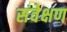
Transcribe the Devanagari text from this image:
संवेक्षण